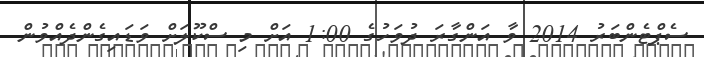
ސެޕްޓެންބަރު 2014 ވާ އަންގާރަ ދުވަހުގެ 1:00 އަށް މި ސްކޫލަށް ވަޑައިގެންދެއްވުން